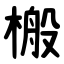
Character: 㮽